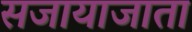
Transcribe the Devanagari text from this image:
सजायाजाता